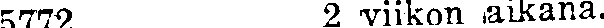
5772 2 viikon aikana.